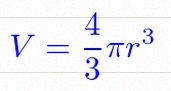
V=\frac43\pi r^3